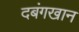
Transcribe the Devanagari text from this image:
दबंगखान